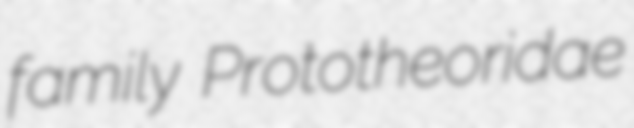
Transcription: family Prototheoridae